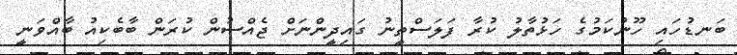
ބަނޑުހައި ހޫނުކަމުގެ ހަޅުތާލު ކުރާ ފަލަސްތީނު ގައިދީންނަށް ޖެއްސުން ކުރަން ބާބެކިއު ބާއްވަނީ